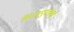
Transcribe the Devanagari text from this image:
विजापुराकडे